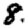
Digit: 8